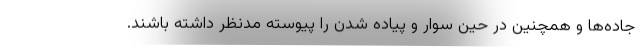
جاده‌ها و همچنین در حین سوار و پیاده شدن را پیوسته مدنظر داشته باشند.